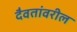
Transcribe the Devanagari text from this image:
दैवतांवरील